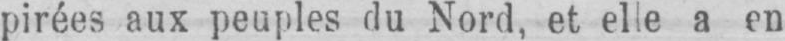
pirées aux peuples du Nord, et elle a en